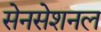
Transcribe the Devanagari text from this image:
सेनसेशनल